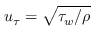
u _ { \tau } = \sqrt { \tau _ { w } / \rho }